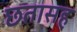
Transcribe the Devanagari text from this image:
छतासह